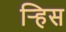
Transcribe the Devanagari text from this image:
र्‍हिस